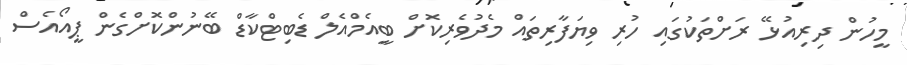
މީހުން ދިރިއުޅޭ ރަށްތަކުގައި ހުރި ވިޔަފާރިތައް މެދުވެރިކޮށް ބީއެމްއެލް ޑެބިޓްކާޑް ބޭނުންކޮށްގެން ޕީއޯއެސް